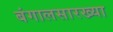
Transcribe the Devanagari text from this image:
बंगालसारख्या